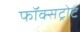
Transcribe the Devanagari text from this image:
फॉक्सट्रोट